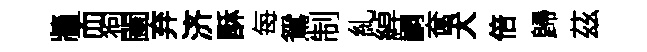
牆而狗闔弃济酥每鴛制糺綽嗣奩犬倍歸茲